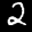
Label: 2